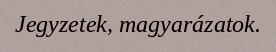
Jegyzetek, magyarázatok.